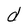
Character: d